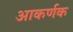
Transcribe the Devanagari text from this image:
आकर्णक